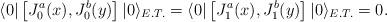
LaTeX: \begin{align*}\langle 0|\left[J^{a}_{0}(x),J^{b}_{0}(y)\right]|0\rangle_{E.T.}= \langle0|\left[J^{a}_{1}(x),J^{b}_{1}(y)\right]|0\rangle_{E.T.}=0.\end{align*}